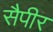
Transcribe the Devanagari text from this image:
सैपीर